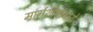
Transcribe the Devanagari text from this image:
मार्गशीर्षामध्ये